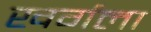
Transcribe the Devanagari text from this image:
खर्गला